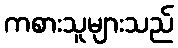
ကစားသူများသည်